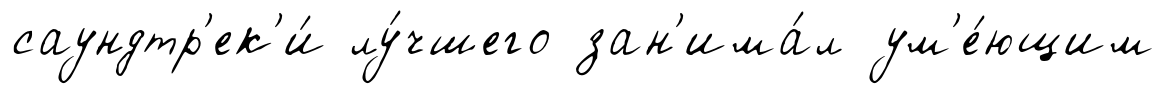
саундтр'ек'и́ лу́чшего зан'има́л ум'е́ющим